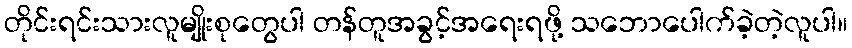
တိုင်းရင်းသားလူမျိုးစုတွေပါ တန်တူအခွင့်အရေးရဖို့ သဘောပေါက်ခဲ့တဲ့လူပါ။